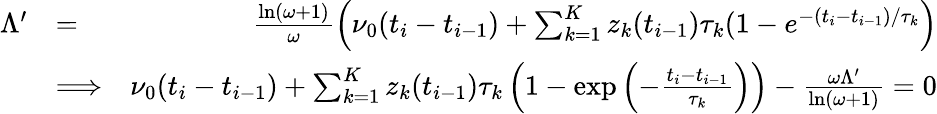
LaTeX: \begin{array}{rlr}{\Lambda^{\prime}}&{=}&{\frac{\ln(\omega+1)}{\omega}\left(\nu_{0}(t_{i}-t_{i-1})+\sum_{k=1}^{K}z_{k}(t_{i-1})\tau_{k}(1-e^{-(t_{i}-t_{i-1})/\tau_{k}}\right)}\\ &{\Longrightarrow}&{\nu_{0}(t_{i}-t_{i-1})+\sum_{k=1}^{K}z_{k}(t_{i-1})\tau_{k}\left(1-\mathrm{exp}\left(-\frac{t_{i}-t_{i-1}}{\tau_{k}}\right)\right)-\frac{\omega\Lambda^{\prime}}{\ln(\omega+1)}=0}\end{array}